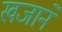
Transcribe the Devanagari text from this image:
खजानें